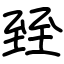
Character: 臸